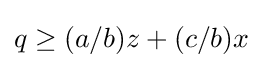
q\geq (a/b)z+(c/b)x